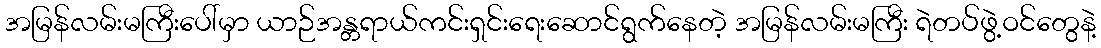
အမြန်လမ်းမကြီးပေါ်မှာ ယာဉ်အန္တရာယ်ကင်းရှင်းရေးဆောင်ရွက်နေတဲ့ အမြန်လမ်းမကြီး ရဲတပ်ဖွဲ့ဝင်တွေနဲ့